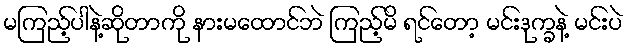
မကြည့်ပါနဲ့ဆိုတာကို နားမထောင်ဘဲ ကြည့်မိ ရင်တော့ မင်းဒုက္ခနဲ့ မင်းပဲ